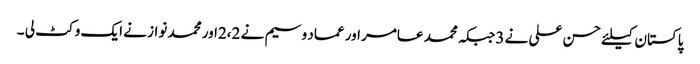
پاکستان کیلئے حسن علی نے 3جبکہ محمد عامر اور عماد وسیم نے 2،2اور محمد نواز نے ایک وکٹ لی ۔